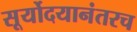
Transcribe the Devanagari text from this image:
सूर्योदयानंतरच